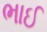
ભાઈ